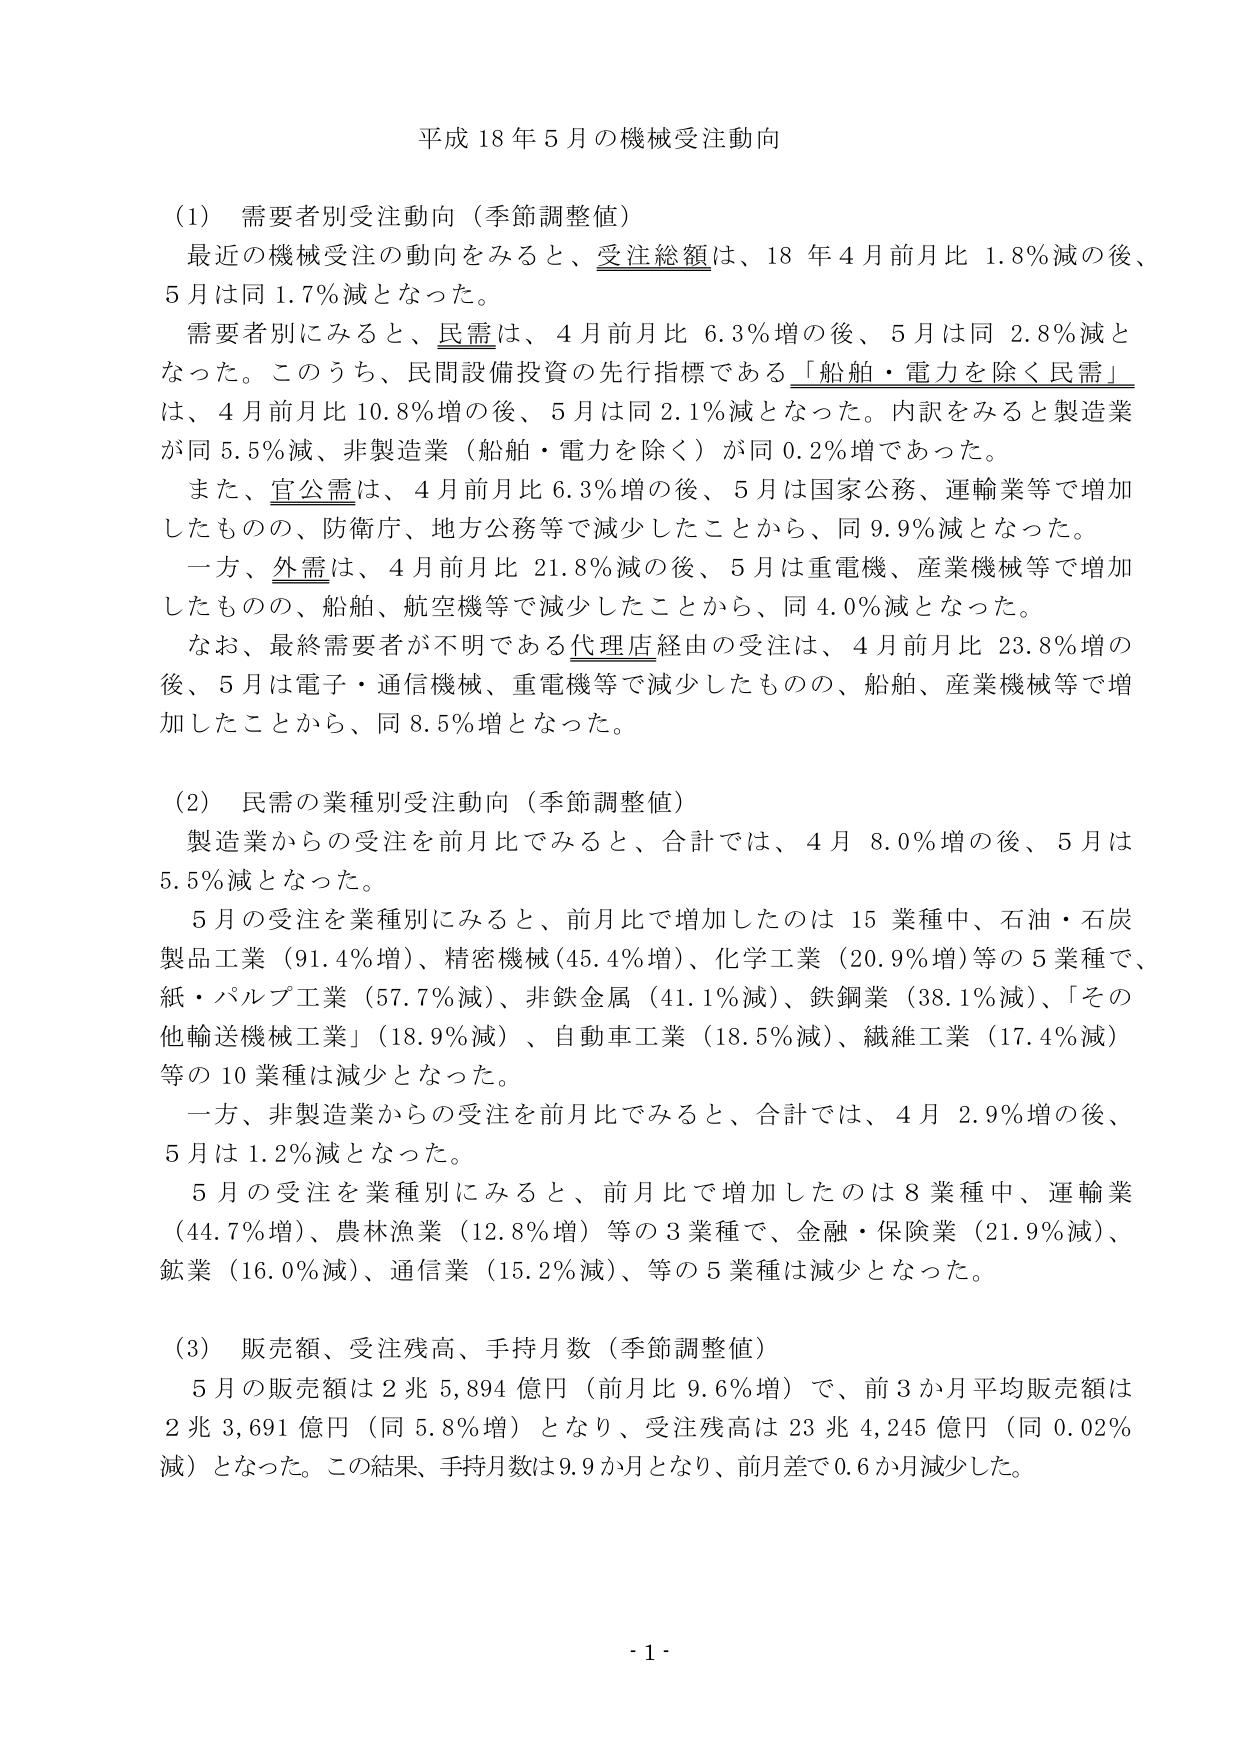
平成 18 年 5 月の機械受注動向

(1) 需要者別受注動向（季節調整値）
最近の機械受注の動向をみると、受注総額は、18 年 4 月前月比 1.8％減の後、
5 月は同 1.7％減となった。
需要者別にみると、民需は、4 月前月比 6.3％増の後、5 月は同 2.8％減と
なった。このうち、民間設備投資の先行指標である「船舶・電力を除く民需」
は、4 月前月比 10.8％増の後、5 月は同 2.1％減となった。内訳をみると製造業
が同 5.5％減、非製造業（船舶・電力を除く）が同 0.2％増であった。
また、官公需は、4 月前月比 6.3％増の後、5 月は国家公務、運輸業等で増加
したものの、防衛庁、地方公務等で減少したことから、同 9.9％減となった。
一方、外需は、4 月前月比 21.8％減の後、5 月は重電機、産業機械等で増加
したものの、船舶、航空機等で減少したことから、同 4.0％減となった。
なお、最終需要者が不明である代理店経由の受注は、4 月前月比 23.8％増の
後、5 月は電子・通信機械、重電機等で減少したものの、船舶、産業機械等で増
加したことから、同 8.5％増となった。

(2) 民需の業種別受注動向（季節調整値）
製造業からの受注を前月比でみると、合計では、4 月 8.0％増の後、5 月は
5.5％減となった。
5 月の受注を業種別にみると、前月比で増加したのは 15 業種中、石油・石炭
製品工業（91.4％増）、精密機械（45.4％増）、化学工業（20.9％増）等の 5 業種で、
紙・パルプ工業（57.7％減）、非鉄金属（41.1％減）、鉄鋼業（38.1％減）、「その他
輸送機械工業」（18.9％減）、自動車工業（18.5％減）、繊維工業（17.4％減）
等の 10 業種は減少となった。
一方、非製造業からの受注を前月比でみると、合計では、4 月 2.9％増の後、
5 月は 1.2％減となった。
5 月の受注を業種別にみると、前月比で増加したのは 8 業種中、運輸業
（44.7％増）、農林漁業（12.8％増）等の 3 業種で、金融・保険業（21.9％減）、
鉱業（16.0％減）、通信業（15.2％減）、等の 5 業種は減少となった。

(3) 販売額、受注残高、手持月数（季節調整値）
5 月の販売額は 2 兆 5,894 億円（前月比 9.6％増）で、前 3 か月平均販売額は
2 兆 3,691 億円（同 5.8％増）となり、受注残高は 23 兆 4,245 億円（同 0.02％
減）となった。この結果、手持月数は 9.9 か月となり、前月差で 0.6 か月減少した。

- 1 -